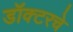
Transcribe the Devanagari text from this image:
डॉक्टरचे